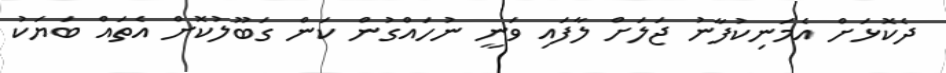
ދެކޮޅަށް އެމަނިކުފާނު ޖަލަށް ލާފައި ވަނީ ނުހައްގުން ކަން ގަބޫލުކޮށް އެތައް ބަޔަކު